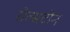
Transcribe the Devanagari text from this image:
रोल्सटोन